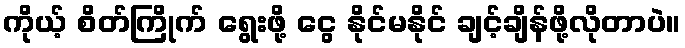
ကိုယ့် စိတ်ကြိုက် ရွေးဖို့ ငွေ နိုင်မနိုင် ချင့်ချိန်ဖို့လိုတာပဲ။